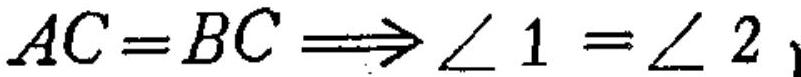
\(AC = BC\Longrightarrow\angle 1=\angle 2\)